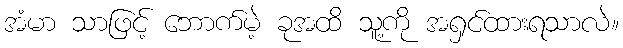
အံမာ သာဖြင့် ဘောက်မဲ့ ခုအထိ သူ့ကို အရှင်ထားရသာလဲ။